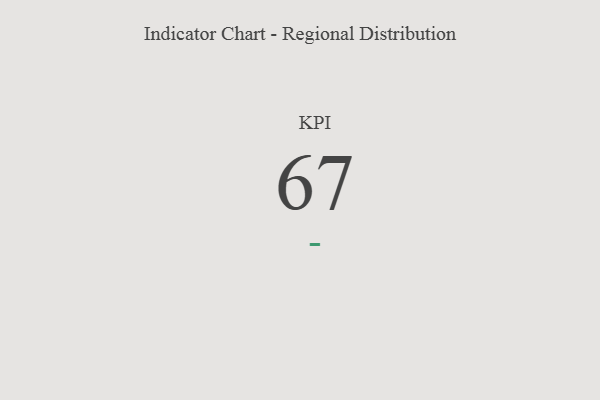
{"axis": {"x": "KPI", "y": "Value"}, "legend": [""], "data": [{"x": "KPI", "y": 67, "type": ""}]}